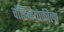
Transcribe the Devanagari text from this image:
वॉझ्नियाकीला